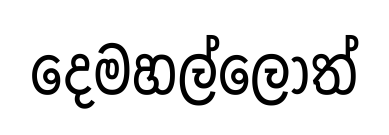
දෙමහල්ලෝත්